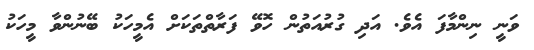
ވަނީ ނިންމާފަ އެވެ. އަދި ގުރުއަތުން ހޮވޭ ފަރާތްތަކަށް އެމީހަކު ބޭނުންވާ މީހަކު